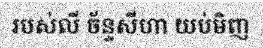
របស់លី ច័ន្ទសីហា យប់មិញ